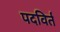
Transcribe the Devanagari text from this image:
पदविर्त